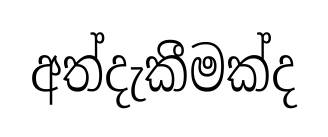
අත්දැකීමක්ද